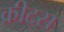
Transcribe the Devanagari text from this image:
क्रीट्स